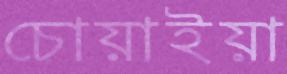
চোয়াইয়া